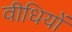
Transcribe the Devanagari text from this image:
वीधियों